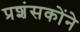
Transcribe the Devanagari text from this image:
प्रशंसकोंने